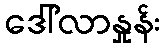
ဒေါ်လာနှုန်း